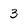
Character: 3